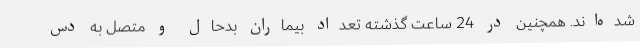
شده‌اند. همچنین در 24 ساعت گذشته تعداد بیماران بدحال و متصل به دس